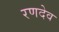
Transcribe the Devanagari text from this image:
रणदेव